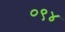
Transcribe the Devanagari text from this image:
०९४